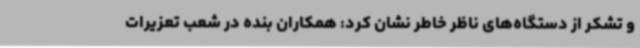
و تشکر از دستگاه‌های ناظر خاطر نشان کرد: همکاران بنده در شعب تعزیرات